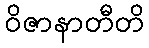
ဝိဇာနာတီတိ